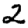
Digit: 2